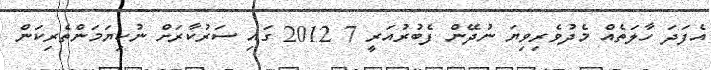
އެފަދަ ހާލަތެއް މެދުވެރިވިޔަ ނުދޭން ފެބުރުއަރީ 7 2012 ގައި ސަރުކާރަށް ނުކިޔަމަންތެރިކަން